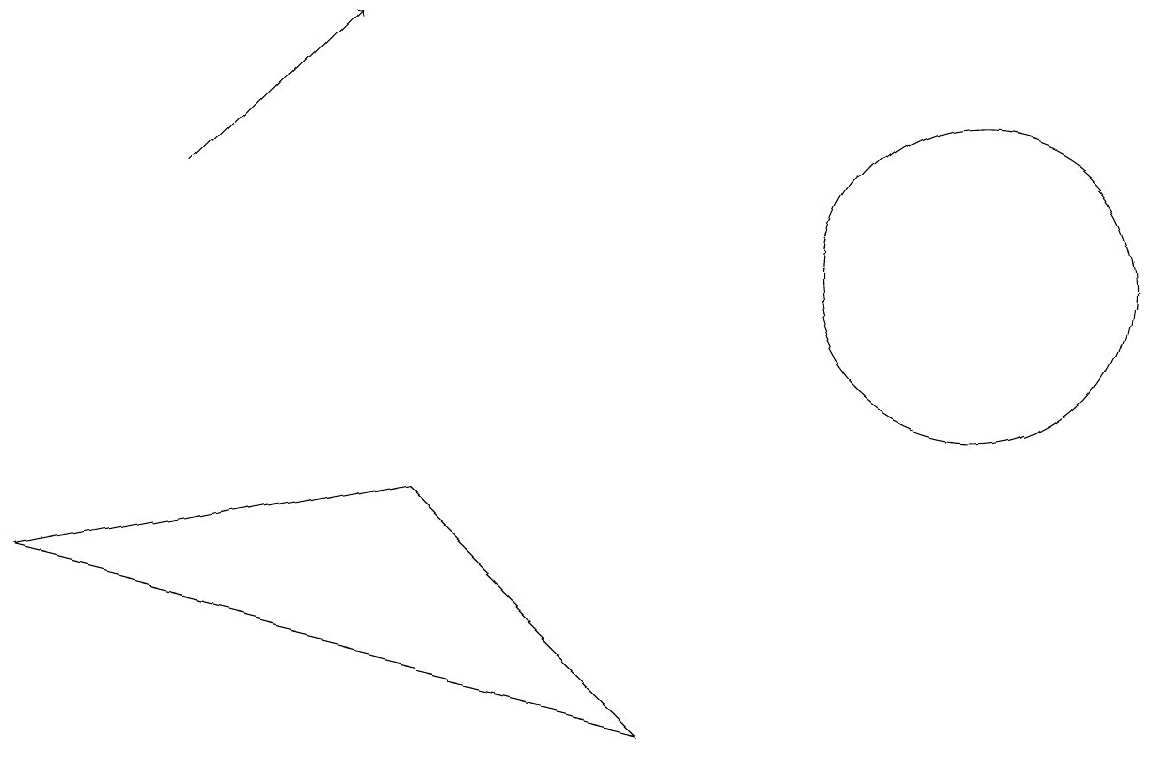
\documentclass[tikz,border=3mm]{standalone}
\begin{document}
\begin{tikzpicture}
\draw (10,10) circle (0);
\draw[->] (2,11) -- (4,13);
\draw (8,4) -- (0,6) -- (5,7) -- cycle;
\draw (12,10) circle (2);
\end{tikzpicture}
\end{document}